Medical and sanitary report of the native army of Madras for the year
Year: 1876
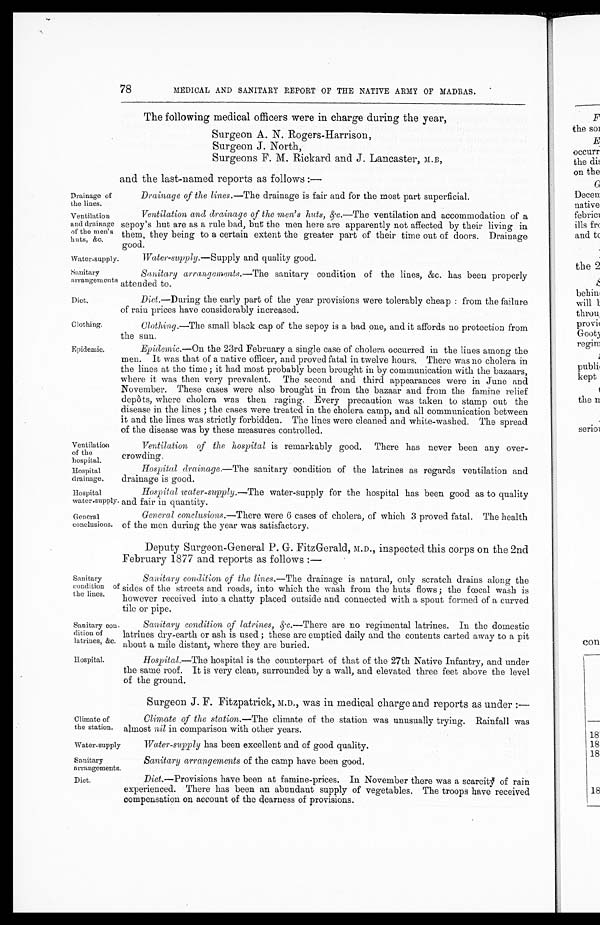
Drainage of
the lines.
Ventilation
and drainage
of the men's
huts, &c,
Sanitary
arrangements
Diet.
Clothing.
Epidemic.
Ventilation
of the
hospital.
Hospital
drainage.
Hospital
water-supply
General
conclusions.
78
MEDICAL AND SANITARY REPORT OF THE NATIVE ARMY OF MADRAS.
The following medical officers were in charge during the year,
Surgeon A. N. Rogers-Harrison,
Surgeon J. North,
Surgeons F. M. Rickard and J. Lancaster, M.B,
and the last-named reports as follows :—
Drainage of the lines.— The drainage is fair and for the most part superficial.
Ventilation and drainage of the men's huts, &c.— The ventilation and accommodation of a
sepoy's hut are as a rule bad, but the men here are apparently not affected by their living in
them, they being to a certain extent the greater part of their time out of doors. Drainage
good.
Water-supply.
Water-supply .—Supply and quality good.
Sanitary arrangements.— The sanitary condition of the lines, &c. has been properly
attended to.
Diet .—During the early part of the year provisions were tolerably cheap : from the failure
of rain prices have considerably increased.
Clothing.—The small black cap of the sepoy is a bad one, and it affords no protection from
the sun.
Epidemic. —On the 23rd February a single case of cholera occurred in the lines among the
men. It was that of a native officer, and proved fatal in twelve hours. There was no cholera in
the lines at the time ; it had most probably been brought in by communication with the bazaars,
where it was then very prevalent. The second and third appearances were in June and
November. These cases were also brought in from the bazaar and from the famine relief
depôts, where cholera was then raging. Every precaution was taken to stamp out the
disease in the lines ; the cases were treated in the cholera camp, and all communication between
it and the lines was strictly forbidden. The lines were cleaned and white-washed. The spread
of the disease was by these measures controlled.
Ventilation of the hospital is remarkably good. There has never been any over-
crowding.
Hospital drainage .—The sanitary condition of the latrines as regards ventilation and
drainage is good.
Hospital water-supply.— The water-supply for the hospital has been good as to quality
and fair in quantity.
General conclusions.— There were 6 cases of cholera, of which 3 proved fatal. The health
of the men during the year was satisfactory.
Deputy Surgeon-General P. G. FitzGerald, M.D., inspected this corps on the 2nd
February 1877 and reports as follows :—
Sanitary
condition of
the lines.
Sanitary con-
dition of
latrines, &c.
Sanitary condition of the lines.— The drainage is natural, only scratch drains along the
sides of the streets and roads, into which the wash from the huts flows ; the fœcal wash is
however received into a chatty placed outside and connected with a spout formed of a curved
tile or pipe.
Sanitary condition of latrines, &c.—There are no regimental latrines. In the domestic
latrines dry-earth or ash is used ; these are emptied daily and the contents carted away to a pit
about a mile distant, where they are buried.
Hospital.
Climate of
the station.
Hospital.—The hospital is the counterpart of that of the 27th Native Infantry, and under
the same roof. It is very clean, surrounded by a wall, and elevated three feet above the level
of the ground.
Surgeon J. F. Fitzpatrick,
was in medical charge and reports as under :—
Climate of the station.— The climate of the station was unusually trying. Rainfall was
almost nil in comparison with other years.
Water-supply
Sanitary
arrangements.
Water-supply has been excellent and of good quality.
Sanitary arrangements of the camp have been good.
Diet.
Diet .—Provisions have been at famine-prices. In November there was a scarcity of rain
experienced. There has been an abundant supply of vegetables. The troops have received
compensation on account of the dearness of provisions.